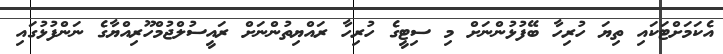
އެކަމަށްޓަކައި ތިޔަ ހުރިހާ ބޭފުޅުންނަށް މި ސިޓީގެ ހުރިހާ ރައްޔިތުންނަށް ރައީސުލްޖުމްހޫރިއްޔާގެ ނަންފުޅުގައި